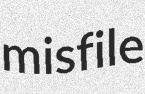
misfile